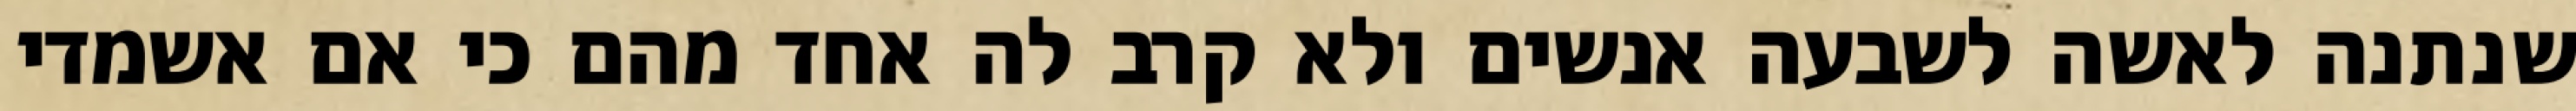
שנתנה לאשה לשבעה אנשים ולא קרב לה אחד מהם כי אם אשמדי‏